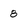
Character: 8